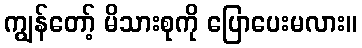
ကျွန်တော့် မိသားစုကို ပြောပေးမလား။